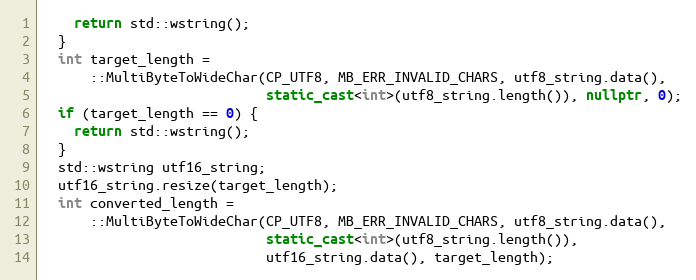
Language: C++
    return std::wstring();
  }
  int target_length =
      ::MultiByteToWideChar(CP_UTF8, MB_ERR_INVALID_CHARS, utf8_string.data(),
                            static_cast<int>(utf8_string.length()), nullptr, 0);
  if (target_length == 0) {
    return std::wstring();
  }
  std::wstring utf16_string;
  utf16_string.resize(target_length);
  int converted_length =
      ::MultiByteToWideChar(CP_UTF8, MB_ERR_INVALID_CHARS, utf8_string.data(),
                            static_cast<int>(utf8_string.length()),
                            utf16_string.data(), target_length);